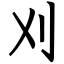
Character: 刈